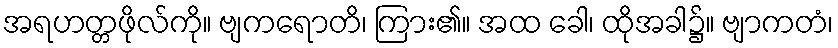
အရဟတ္တဖိုလ်ကို။ ဗျကရောတိ၊ ကြား၏။ အထ ခေါ၊ ထိုအခါ၌။ ဗျာကတံ၊